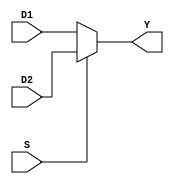
`timescale 1ns / 1ps
//////////////////////////////////////////////////////////////////////////////////
// Company: 
// Engineer: 
// 
// Design Name: 
// Module Name: MUX21
// Project Name: 
// Target Devices: 
// Tool Versions: 
// Description: 
// 
// Dependencies: 
// 
// Revision:
// Revision 0.01 - File Created
// Additional Comments:
// 
//////////////////////////////////////////////////////////////////////////////////


module MUX21 (
        D1 , D2 , S , Y
);
 
input  S;
input  [31:0]D1;
input  [31:0]D2;

output reg [31:0]Y;

// Write your code 
always @(*)
begin
    if (S==0)
    begin
        Y = D1;
    end
    else
    begin
        Y = D2;
    end
end

endmodule